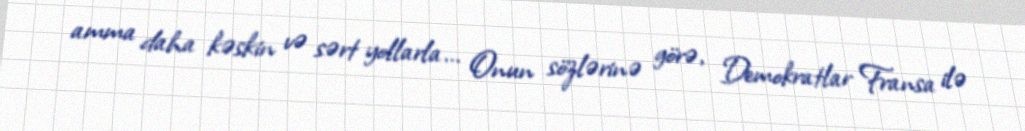
amma daha kəskin və sərt yollarla... Onun sözlərinə görə, Demokratlar Fransa ilə